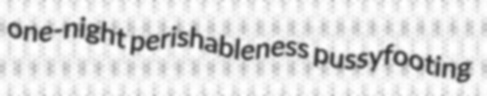
one-night perishableness pussyfooting